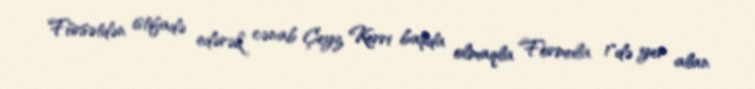
Fürsətdən istifadə edərək cənab Çeyz Kerri başda olmaqla "Formula 1"də yer alan